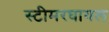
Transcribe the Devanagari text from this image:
स्टीमरघायल